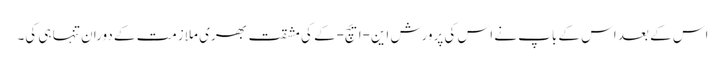
اس کے بعد اس کے باپ نے اس کی پرورش این-ایچ-کے کی مشقت بھری ملازمت کے دوران تنہا ہی کی۔